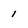
Character: 1